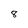
Character: 8